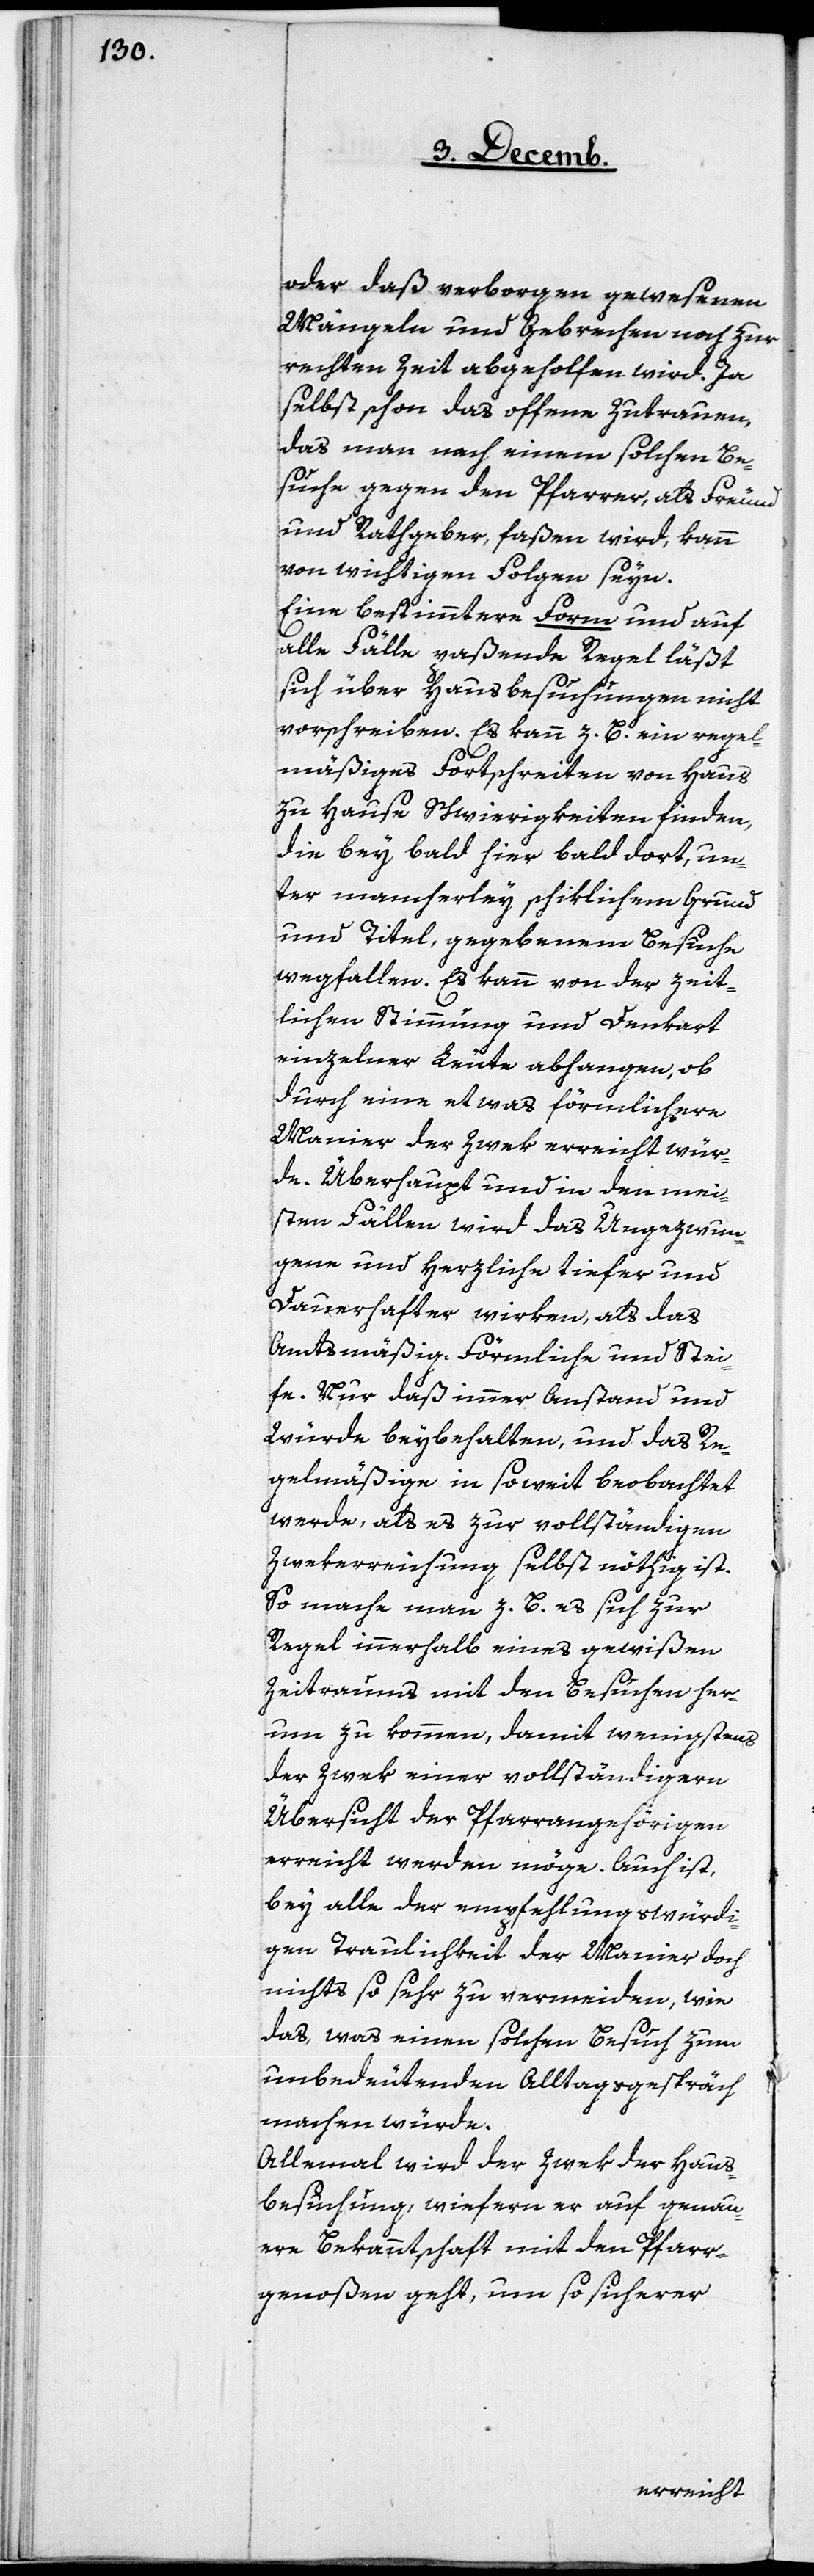
oder daß verborgen gewesenen
Mängeln und Gebrechen noch zur
rechten Zeit abgeholfen wird. Ja
selbst schon das offene Zutrauen,
das man nach einem solchen Be¬
suche gegen den Pfarrer, als Freund
und Rathgeber, faßen wird, kann
von wichtigen Folgen seyn.
Eine bestimmtere Form und auf
alle Fälle paßende Regel läßt
sich über Hausbesuchungen nicht
vorschreiben. Es kann z. B. ein regel¬
mäßiges Fortschreiten von Haus
zu Hause Schwierigkeiten finden,
die bey bald hier bald dort, un¬
ter mancherley schiklichem Grund
und Titel, gegebenem Besuche
wegfallen. Es kann von der zeit¬
lichen Stimmung und Denkart
einzelner Leute abhangen, ob
durch eine etwas förmlichere
Manier der Zwek erreicht wür¬
de. Überhaupt und in den mei¬
sten Fällen wird das Ungezwun¬
gene und Herzliche tiefer und
Dauerhafter wirken, als das
Amtsmäßig-Förmliche und Stei¬
fe. Nur daß immer Anstand und
Würde beybehalten, und das Re¬
gelmäßige in soweit beobachtet
werde, als es zur vollständigen
Zwekerreichung selbst nöthig ist.
So mache man z. B. es sich zur
Regel innerhalb eines gewißen
Zeitraums mit den Besuchen her¬
um zu kommen, damit wenigstens
der Zwek einer vollständigern
Übersicht der Pfarrangehörigen
erreicht werden möge. Auch ist,
bey alle der empfehlungswürdi¬
gen Traulichkeit der Manier doch
nichts so sehr zu vermeiden, wie
das, was einen solchen Besuch zum
unbedeutenden Alltagsgespräch
machen würde.
Allemal wird der Zwek der Haus¬
besuchung, wiefern er auf genau¬
ere Bekanntschaft mit den Pfarr¬
genoßen geht, um so sicherer